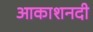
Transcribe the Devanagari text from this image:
आकाशनदी